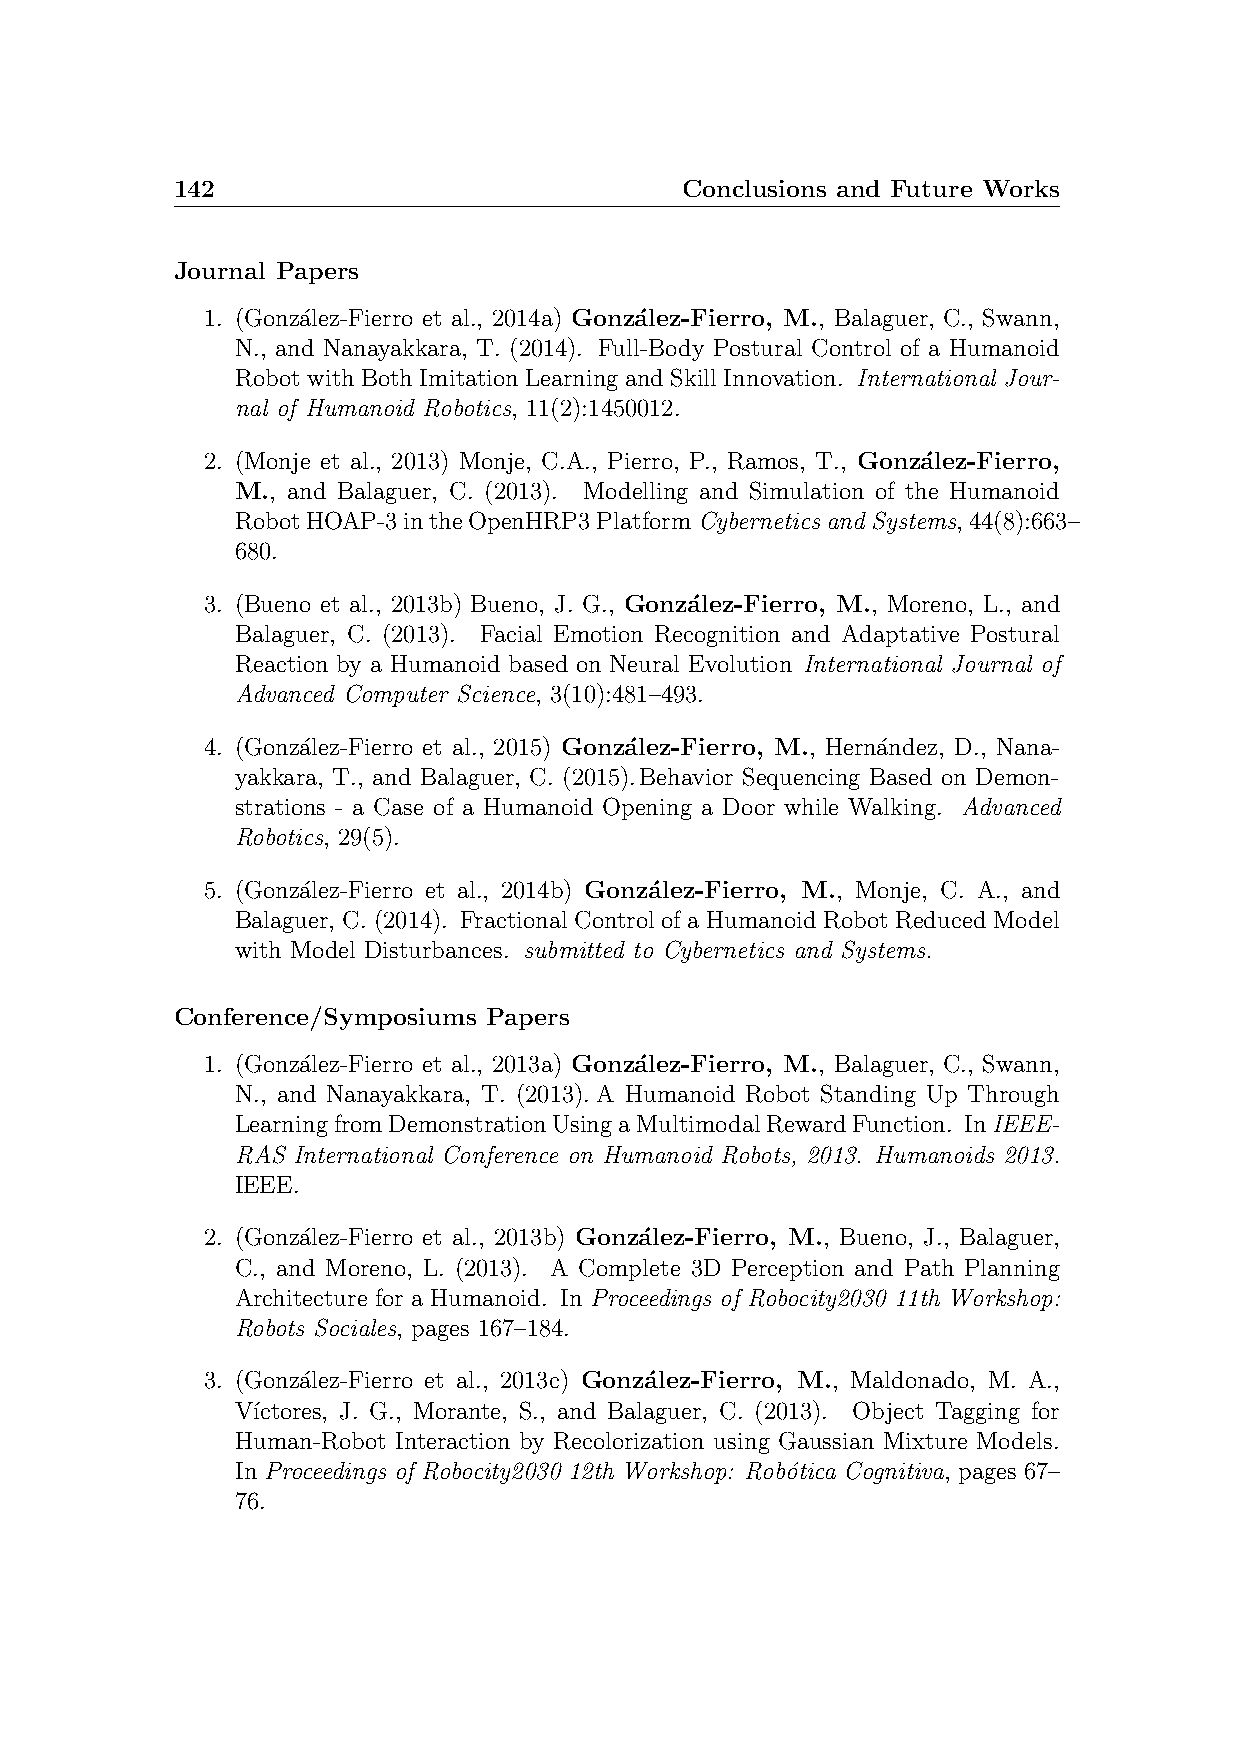
142                               Conclusions and Future Works
 Journal Papers
 1. (Gonz´alez-Fierro et al., 2014a) Gonz´alez-Fierro, M., Balaguer, C., Swann,
 N., and Nanayakkara, T. (2014). Full-Body Postural Control of a Humanoid
 Robot with Both Imitation Learning and Skill Innovation. International Jour-
 nal of Humanoid Robotics, 11(2):1450012.
 2. (Monje et al., 2013) Monje, C.A., Pierro, P., Ramos, T., Gonz´alez-Fierro,
 M., and Balaguer, C. (2013). Modelling and Simulation of the Humanoid
 RobotHOAP-3intheOpenHRP3Platform CyberneticsandSystems,44(8):663–
 680.
 3. (Bueno et al., 2013b) Bueno, J. G., Gonz´alez-Fierro, M., Moreno, L., and
 Balaguer, C. (2013). Facial Emotion Recognition and Adaptative Postural
 Reaction by a Humanoid based on Neural Evolution International Journal of
 Advanced Computer Science, 3(10):481–493.
 4. (Gonz´alez-Fierro et al., 2015) Gonz´alez-Fierro, M., Hern´andez, D., Nana-
 yakkara, T., and Balaguer, C. (2015).Behavior Sequencing Based on Demon-
 strations - a Case of a Humanoid Opening a Door while Walking. Advanced
 Robotics, 29(5).
 5. (Gonz´alez-Fierro et al., 2014b) Gonz´alez-Fierro, M., Monje, C. A., and
 Balaguer, C. (2014). Fractional Control of a Humanoid Robot Reduced Model
 with Model Disturbances. submitted to Cybernetics and Systems.
 Conference/Symposiums Papers
 1. (Gonz´alez-Fierro et al., 2013a) Gonz´alez-Fierro, M., Balaguer, C., Swann,
 N., and Nanayakkara, T. (2013).A Humanoid Robot Standing Up Through
 LearningfromDemonstrationUsingaMultimodalRewardFunction. InIEEE-
 RAS International Conference on Humanoid Robots, 2013. Humanoids 2013.
 IEEE.
 2. (Gonz´alez-Fierro et al., 2013b) Gonz´alez-Fierro, M., Bueno, J., Balaguer,
 C., and Moreno, L. (2013). A Complete 3D Perception and Path Planning
 Architecture for a Humanoid. In Proceedings of Robocity2030 11th Workshop:
 Robots Sociales, pages 167–184.
 3. (Gonz´alez-Fierro et al., 2013c) Gonz´alez-Fierro, M., Maldonado, M. A.,
 V´ıctores, J. G., Morante, S., and Balaguer, C. (2013). Object Tagging for
 Human-Robot Interaction by Recolorization using Gaussian Mixture Models.
 In Proceedings of Robocity2030 12th Workshop: Rob´otica Cognitiva, pages 67–
 76.